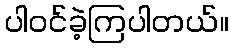
ပါဝင်ခဲ့ကြပါတယ်။